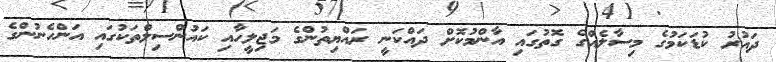
ދައުރު ކުޑަކަމުގެ މިސާލެއްގެ ގޮތުގައި އާންމުކޮށް ދައްކަނީ ރައްޔިތުންގެ މަޖިލީހާއި ކައުންސިލްތަކުގައި އަންހެނުންގެ